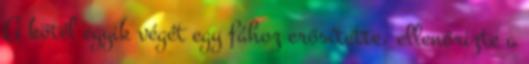
A kötél egyik végét egy fához erősítette, ellenőrizte a